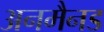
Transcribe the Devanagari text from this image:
अनमैनड